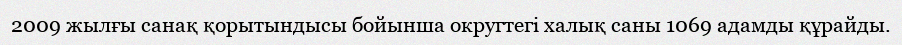
2009 жылғы санақ қорытындысы бойынша округтегі халық саны 1069 адамды құрайды.